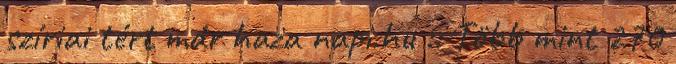
szíriai tért már haza napi.hu :: Több mint 270